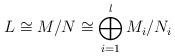
LaTeX: \begin{align*}L \cong M/N \cong \bigoplus_{i=1}^l M_i/N_i \end{align*}